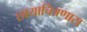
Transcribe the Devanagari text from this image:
छायाचित्रणास